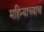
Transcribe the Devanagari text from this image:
महिन्याच्याच